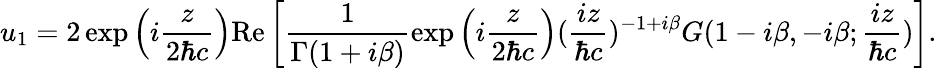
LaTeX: u_{1}=2\exp\left(i\frac{z}{2{\hbar}c}\right)\mathrm{Re}\left[\frac{1}{{\Gamma}(1+i{\beta})}\exp\left(i\frac{z}{2{\hbar}c}\right)(\frac{iz}{{\hbar}c})^{-1+i{\beta}}G(1-i{\beta},-i{\beta};\frac{iz}{{\hbar}c})\right].